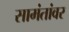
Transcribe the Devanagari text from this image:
सामंतांवर